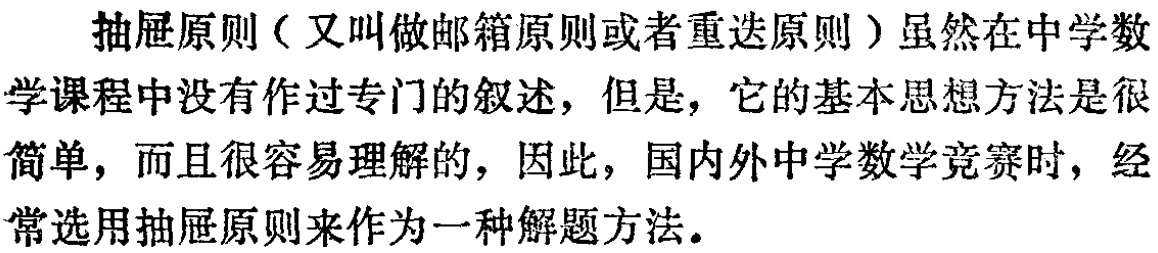
抽屉原则（又叫做邮箱原则或者重迭原则）虽然在中学数学课程中没有作过专门的叙述，但是，它的基本思想方法是很简单，而且很容易理解的，因此，国内外中学数学竞赛时，经常选用抽屉原则来作为一种解题方法。